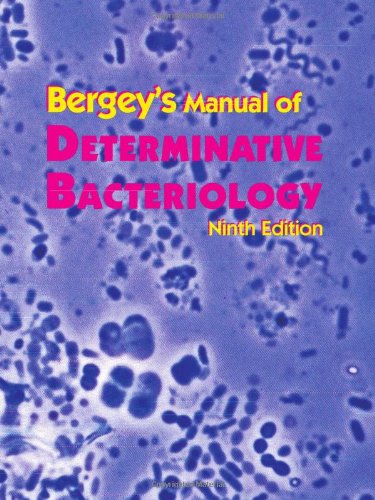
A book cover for Bergey's Manual of Determinative Bacteriology; John G. Holt PhD; Medical Books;